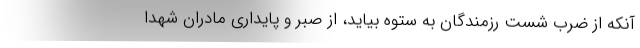
آنکه از ضرب شست رزمندگان به ستوه بیاید، از صبر و پایداری مادران شهدا